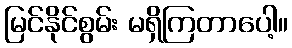
မြင်နိုင်စွမ်း မရှိကြတာပေါ့။